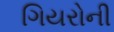
ગિયરોની